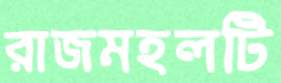
রাজমহলটি